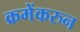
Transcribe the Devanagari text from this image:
क्रमेंकरुन